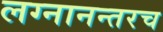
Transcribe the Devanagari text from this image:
लग्नानन्तरच